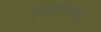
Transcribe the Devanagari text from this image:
मिडसायकल